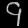
Digit: ၄